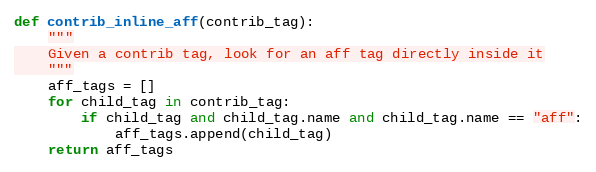
Language: Python
def contrib_inline_aff(contrib_tag):
    """
    Given a contrib tag, look for an aff tag directly inside it
    """
    aff_tags = []
    for child_tag in contrib_tag:
        if child_tag and child_tag.name and child_tag.name == "aff":
            aff_tags.append(child_tag)
    return aff_tags